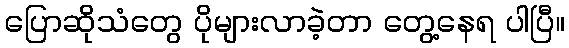
ပြောဆိုသံတွေ ပိုများလာခဲ့တာ တွေ့နေရ ပါပြီ။